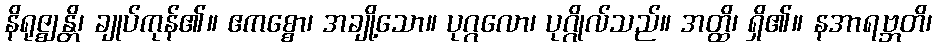
နိရုဇ္ဈန္တိ၊ ချုပ်ကုန်၏။ ဧကစ္စော၊ အချို့သော။ ပုဂ္ဂလော၊ ပုဂ္ဂိုလ်သည်။ အတ္ထိ၊ ရှိ၏။ နအာရဗ္ဘတိ၊